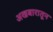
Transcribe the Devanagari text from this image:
अखबारातून